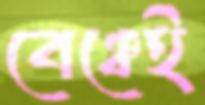
বেঞ্চেই